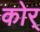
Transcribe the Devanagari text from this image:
कोर्